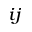
_ { i j }